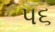
પ૬